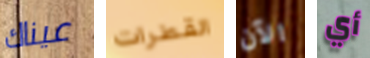
عيناك القطرات الآن أي